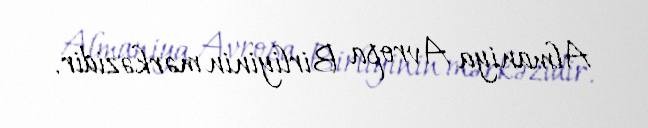
Almaniya Avropa Birliyinin mərkəzidir.